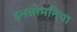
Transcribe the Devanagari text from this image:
इनसोमनिया